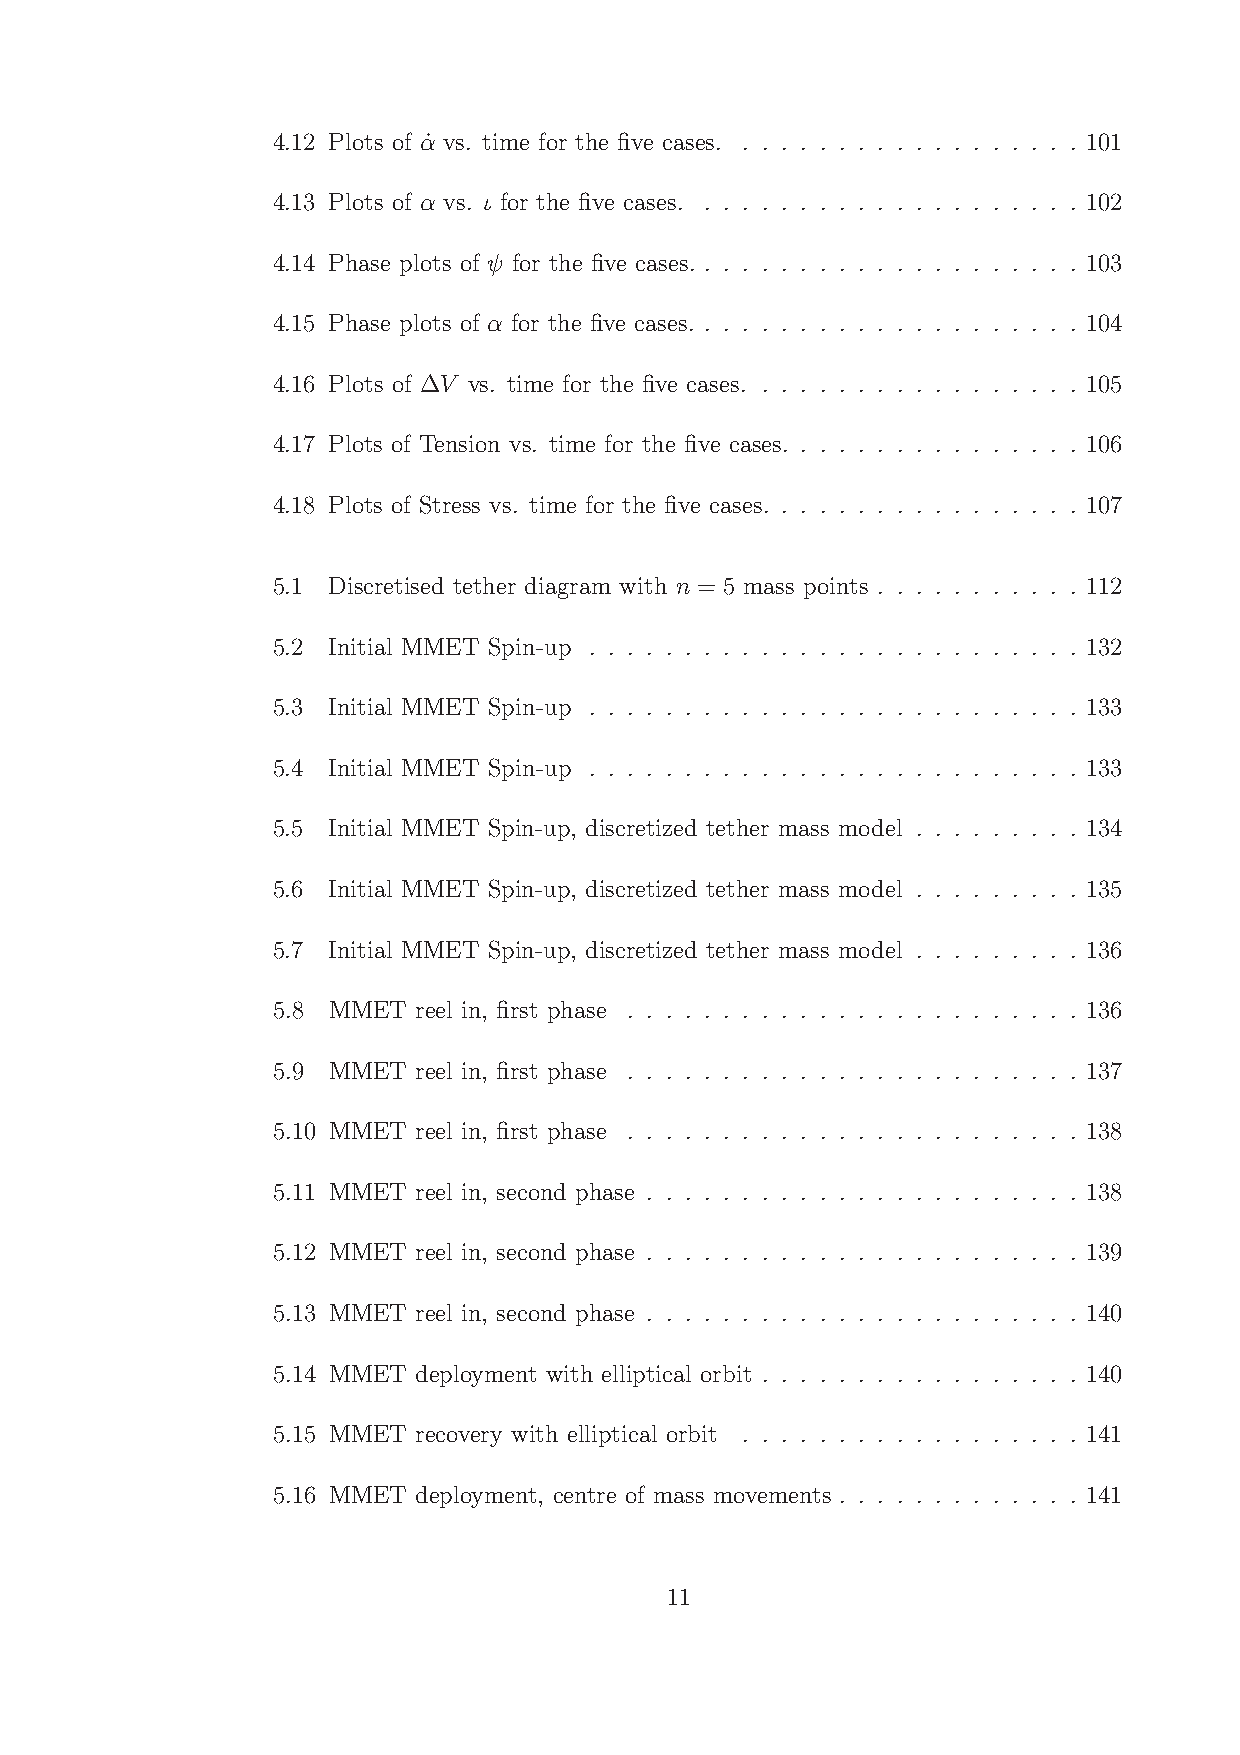
4.12 Plots of α˙ vs. time for the five cases. . . . . . . . . . . . . . . . . . . 101
 4.13 Plots of α vs. ι for the five cases. . . . . . . . . . . . . . . . . . . . . 102
 4.14 Phase plots of ψ for the five cases. . . . . . . . . . . . . . . . . . . . . 103
 4.15 Phase plots of α for the five cases. . . . . . . . . . . . . . . . . . . . . 104
 4.16 Plots of ∆V vs. time for the five cases. . . . . . . . . . . . . . . . . . 105
 4.17 Plots of Tension vs. time for the five cases. . . . . . . . . . . . . . . . 106
 4.18 Plots of Stress vs. time for the five cases. . . . . . . . . . . . . . . . . 107
 5.1 Discretised tether diagram with n = 5 mass points . . . . . . . . . . . 112
 5.2 Initial MMET Spin-up . . . . . . . . . . . . . . . . . . . . . . . . . . 132
 5.3 Initial MMET Spin-up . . . . . . . . . . . . . . . . . . . . . . . . . . 133
 5.4 Initial MMET Spin-up . . . . . . . . . . . . . . . . . . . . . . . . . . 133
 5.5 Initial MMET Spin-up, discretized tether mass model . . . . . . . . . 134
 5.6 Initial MMET Spin-up, discretized tether mass model . . . . . . . . . 135
 5.7 Initial MMET Spin-up, discretized tether mass model . . . . . . . . . 136
 5.8 MMET  reel in, first phase . . . . . . . . . . . . . . . . . . . . . . . . 136
 5.9 MMET  reel in, first phase . . . . . . . . . . . . . . . . . . . . . . . . 137
 5.10 MMET reel in, first phase . . . . . . . . . . . . . . . . . . . . . . . . 138
 5.11 MMET reel in, second phase . . . . . . . . . . . . . . . . . . . . . . . 138
 5.12 MMET reel in, second phase . . . . . . . . . . . . . . . . . . . . . . . 139
 5.13 MMET reel in, second phase . . . . . . . . . . . . . . . . . . . . . . . 140
 5.14 MMET deployment with elliptical orbit . . . . . . . . . . . . . . . . . 140
 5.15 MMET recovery with elliptical orbit . . . . . . . . . . . . . . . . . . 141
 5.16 MMET deployment, centre of mass movements . . . . . . . . . . . . . 141
 11